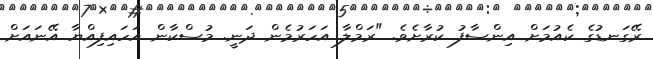
ރޭގަނޑުގެ ކެއުމަށް އިންސާފު ކުރާށެވެ. "ރަމްލާ އަހަރުމެން ދަނީ. މުސްކާން އަހައިފިއްޔާ އޭނައަށް